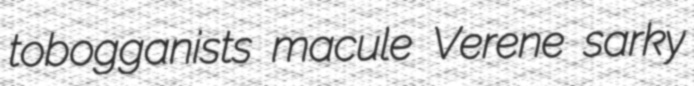
tobogganists macule Verene sarky